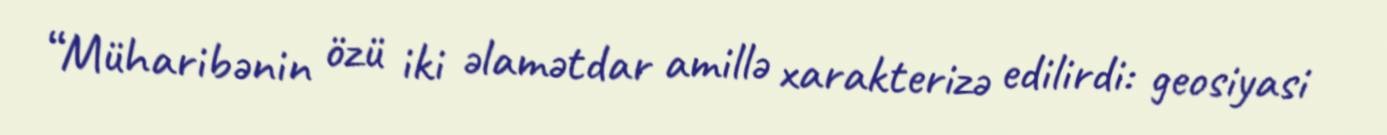
“Müharibənin özü iki əlamətdar amillə xarakterizə edilirdi: geosiyasi